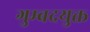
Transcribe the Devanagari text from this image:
गुम्बदयुक्त